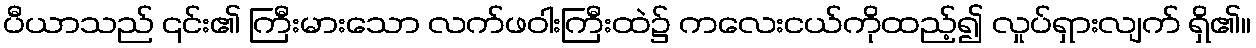
ပီယာသည် ၎င်း၏ ကြီးမားသော လက်ဖဝါးကြီးထဲ၌ ကလေးငယ်ကိုထည့်၍ လှုပ်ရှားလျက် ရှိ၏။